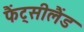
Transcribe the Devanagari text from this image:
फैंट्सीलैंड